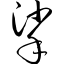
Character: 挲